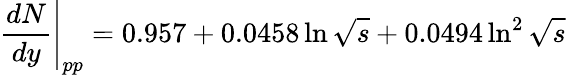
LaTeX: \frac{dN}{dy}\Bigg\vert_{pp}=0.957+0.0458\ln{\sqrt{s}}+0.0494\ln^{2}{\sqrt{s}}